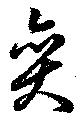
奕